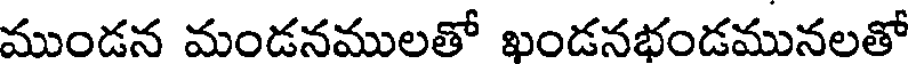
ముండన మండనములతో ఖండనభండమునలతో